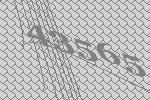
43565